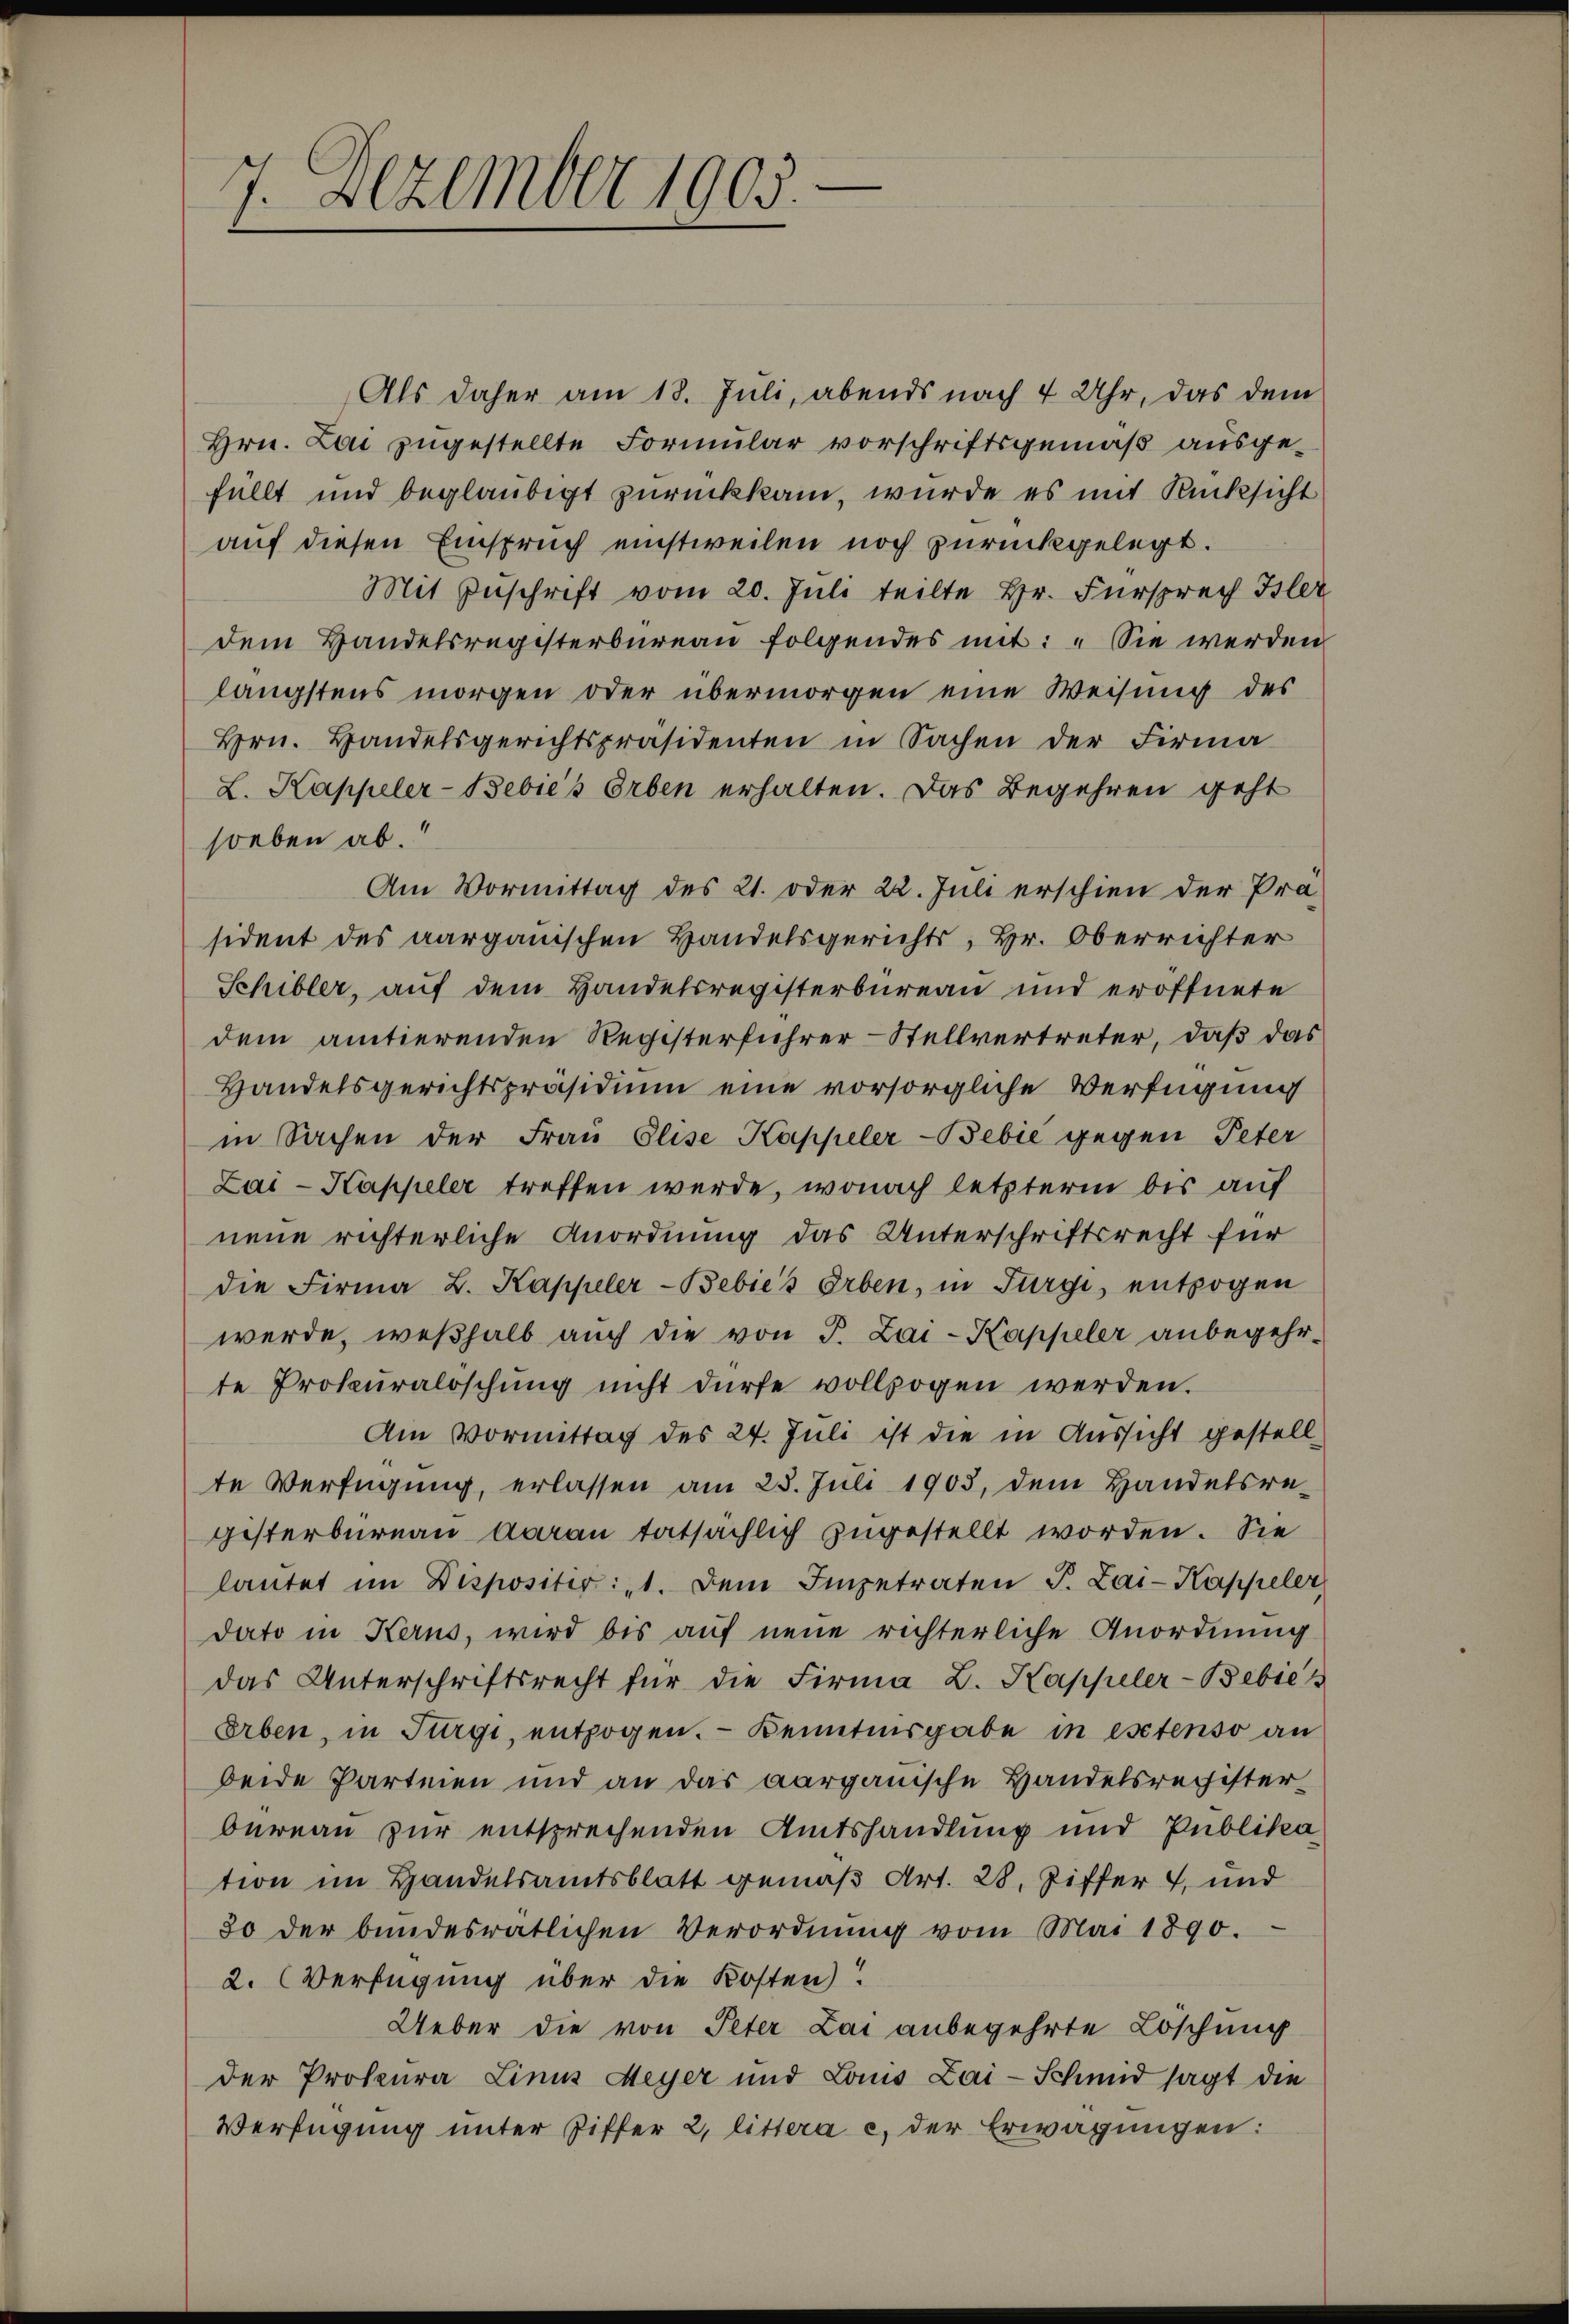
7. Dezember 1905.

Hrn. Lai zugestellte Formŭlar vorschriftsgemäß ausgefüllt und beglaubigt zurückkam, wurde es mit Rücksicht
auf diesen Einspruch einstweilen noch zurückgelegt.
dem Handelsregisterbureau folgendes mit: „Sie werden
längstens morgen oder übermorgen eine Weisung des
Hrn. Handelsgerichtspräsidenten in Sachen der Firma
L. Kappeler-Bebić's Erben erhalten. Das Begehren geht
soeben ab.
Am Vormittag des 21. oder 22. Juli erschien der Prä
sident des aargauischen Handelsgerichts, Hr. Oberrichter
Schibler, auf dem Handelsregisterbüreau und eröffnete
dem antierenden Registerführer-Stellvertreter, daß das
Handelsgerichtspräsidium eine vorsorgliche Verfügung
in Sachen der Frau Elise Kappeler-Bebić gegen Peter
Lai-Kappeler treffen werde, wonach letzterm bis auf
neue richterliche Anordnung das Unterschriftsrecht für
die Firma B. Kappeler-Bebie's Erben, in Fürgi, entzogen
werde, weßhalb auch die von P. Zai-Kappeler anbegehrte Prokuralöschung nicht dürfe vollzogen werden.
Am Vormittag des 24. Juli ist die in Aussicht gestell-
te Verfügung, erlassen am 25. Juli 1903, dem Handelsre-
gisterbureau darau tatsächlich zugestellt worden. Sie
laŭtet im Dispositir: „1. Dem Impetraten J. Lai-Kappeler
dato in Kerns, wird bis auf neue richterliche Anordnung
das Unterschriftsrecht für die Firma L. Kappeler-Bebiet
Erben, in Türgi, entzogen. Kenntnisgabe in estenso an
beide Parteien und an das aargauische Handelsregister-
bureau zur entsprechenden Amtshandlung und Publika
tion im Handelsamtsblatt gemäß Art. 28. Ziffer 7, und
80 der bundesrätlichen Verordnŭng vom Mai 1890.
2. Verfügung über die Kosten!
Ueber die von Peter Lai anbegehrte Löschung
der Prokura Linus Meyer und Louis Lai-Schmid sagt die
Verfügung unter Ziffer 2, littera c. der Erwägungen:

Als daher am 18. Juli, abends nach 4 Uhr, das dem
Mit Zuschrift vom 20. Juli teilte Hr. Fürsprech Isler